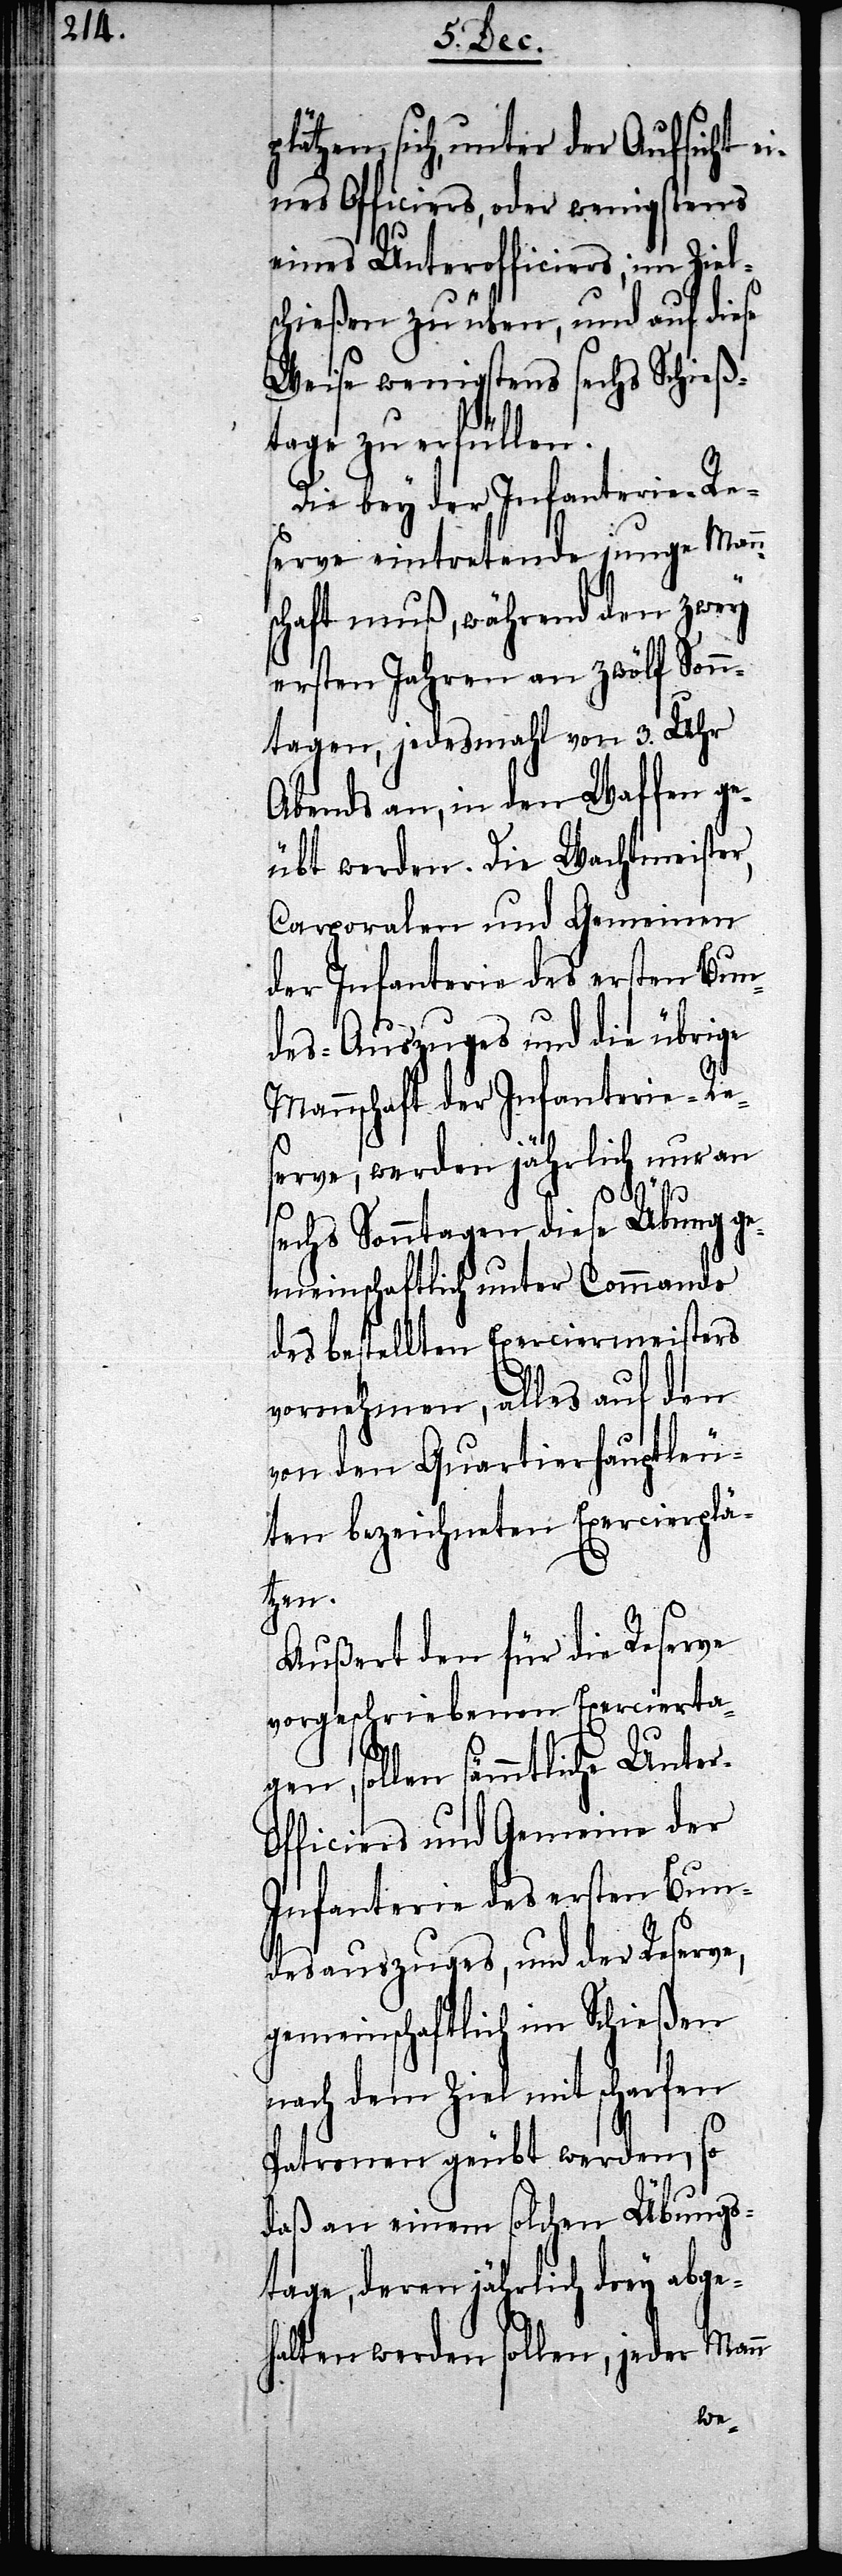
lätzen, sich, unter der Aufsicht ei¬
nes Officiers, oder wenigstens
eines Unterofficiers, im Ziels¬
chießen zu üben, und auf diese
Weise wenigstens sechs Schieß¬
tage zu erfüllen.
Die bey der Infanterie-Re¬
serve eintretende junge Mann¬
schaft muß, während den zwey
ersten Jahren an zwölf Sonn¬
tagen, jedesmahl von 3. Uhr
Abends an, in den Waffen ge¬
übt werden. Die Wachtmeister,
Carporalen und Gemeinen
der Infanterie des ersten Bun¬
des-Auszuges und die übrige
Mannschaft der Infanterie-Re¬
serve, werden jährlich nur an
r-O¬
sechs Sonntagen, diese Übung ge¬
meinschaftlich unter Commando
des bestellten Exerciermeisters
vornehmen, alles auf den
von den Quartierhauptleu¬
ten bezeichneten Exercierplä¬
tzen.
Außert den für die Reserve
vorgeschriebenen Exercierta¬
n, sollen sämmtliche Unte¬
fficiers und Gemeine der
Infanterie des ersten Bun¬
desauszuges, und der Reserve,
gemeinschaftlich im Schießen
nach dem Ziel mit scharfen
Patronen geübt werden, so
daß an einem solchen Übungs¬
tage, deren jährlich drey abge¬
halten werden sollen, jeder Mann
ge¬